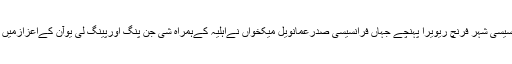
چین کے صدر فرانسیسی شہر فرنچ ریویرا پہنچے جہاں فرانسیسی صدرعمانویل میکخواں نےاہلیہ کےہمراہ شی جن پنگ اورپینگ لی یوآن کےاعزازمیں عشائیہ کااہتمام کیا۔